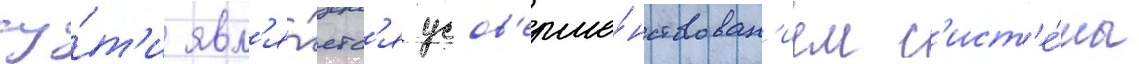
су́т'и явл'я́етс'я усов'ерше́нствован'ием с'ист'е́мы